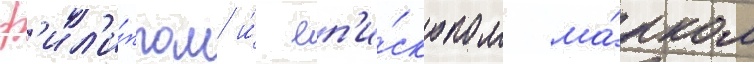
ф'ил'и́ппом и́ еп'и́скопом ма́рком